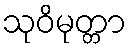
သုဝိမုတ္တာ